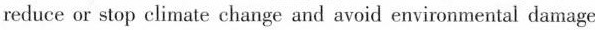
reduce or stop climate change and avoid environmental damage